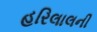
હરિલાલની